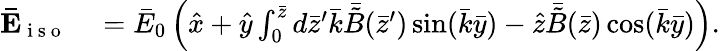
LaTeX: \begin{array}{rl}{\mathbf{\bar{E}}_{\mathrm{~i~s~o~}}}&{{}=\bar{E}_{0}\left(\hat{x}+\hat{y}\int_{0}^{\bar{z}}d\bar{z}^{\prime}\bar{k}\bar{\tilde{B}}(\bar{z}^{\prime})\sin(\bar{k}\bar{y})-\hat{z}\bar{\tilde{B}}(\bar{z})\cos(\bar{k}\bar{y})\right).}\end{array}